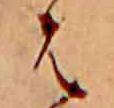
は